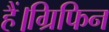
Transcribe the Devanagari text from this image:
हैं।ग्रिफिन